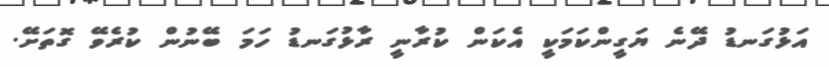
އަޅުގަނޑު ދޭނެ ޔަގީންކަމަކީ އެކަން ކުރާނީ ރާޅުގަނޑު ހަމަ ބޭނުން ކުރެވޭ ގޮތަށޭ.